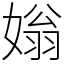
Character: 𡟸